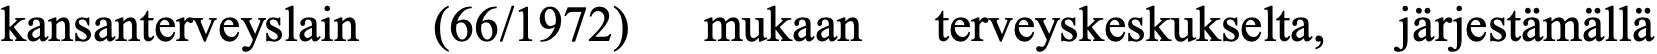
kansanterveyslain (66/1972) mukaan terveyskeskukselta, järjestämällä